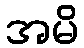
အမိ